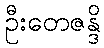
ဦးတေဇန္ဒိ